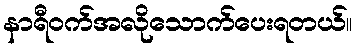
နာရီဝက်အလိုသောက်ပေးရတယ်။